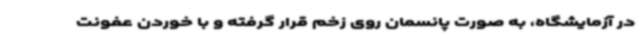
در آزمایشگاه، به‌ صورت پانسمان روی زخم قرار گرفته و با خوردن عفونت